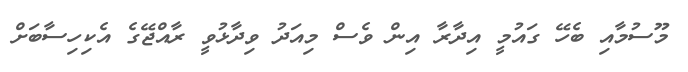
މޫސުމާއި ބެހޭ ގައުމީ އިދާރާ އިން ވެސް މިއަދު ވިދާޅުވީ ރާއްޖޭގެ އެކިހިސާބަށް